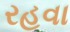
રહવા